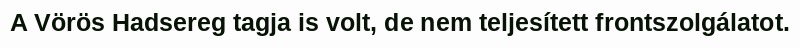
A Vörös Hadsereg tagja is volt, de nem teljesített frontszolgálatot.